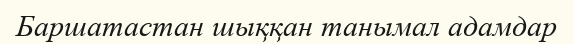
Баршатастан шыққан танымал адамдар